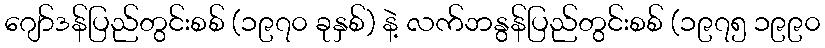
ဂျော်ဒန်ပြည်တွင်းစစ် (၁၉၇၀ ခုနှစ်) နဲ့ လက်ဘနွန်ပြည်တွင်းစစ် (၁၉၇၅ ၁၉၉၀